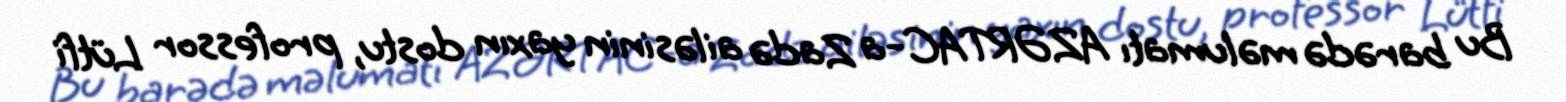
Bu barədə məlumatı AZƏRTAC-a Zadə ailəsinin yaxın dostu, professor Lütfi